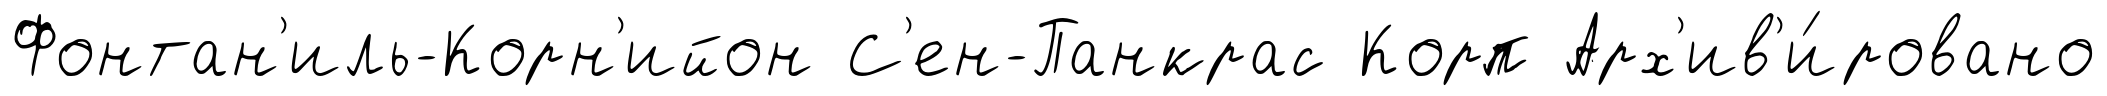
Фонтан'иль-Корн'ийон С'ен-Панкрас Корп Арх'ив'и́ровано